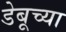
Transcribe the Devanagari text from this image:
डेबूच्या